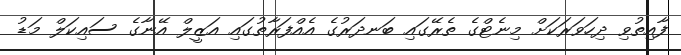
ފާއިތުވި ދިހަވަރަކަށް މިނެޓްގެ ތެރޭގައި ބަނދަރުުގެ އެއްފަރާތުގައި އަޒީލް އޭނާގެ ސައިކަލް މަޑު